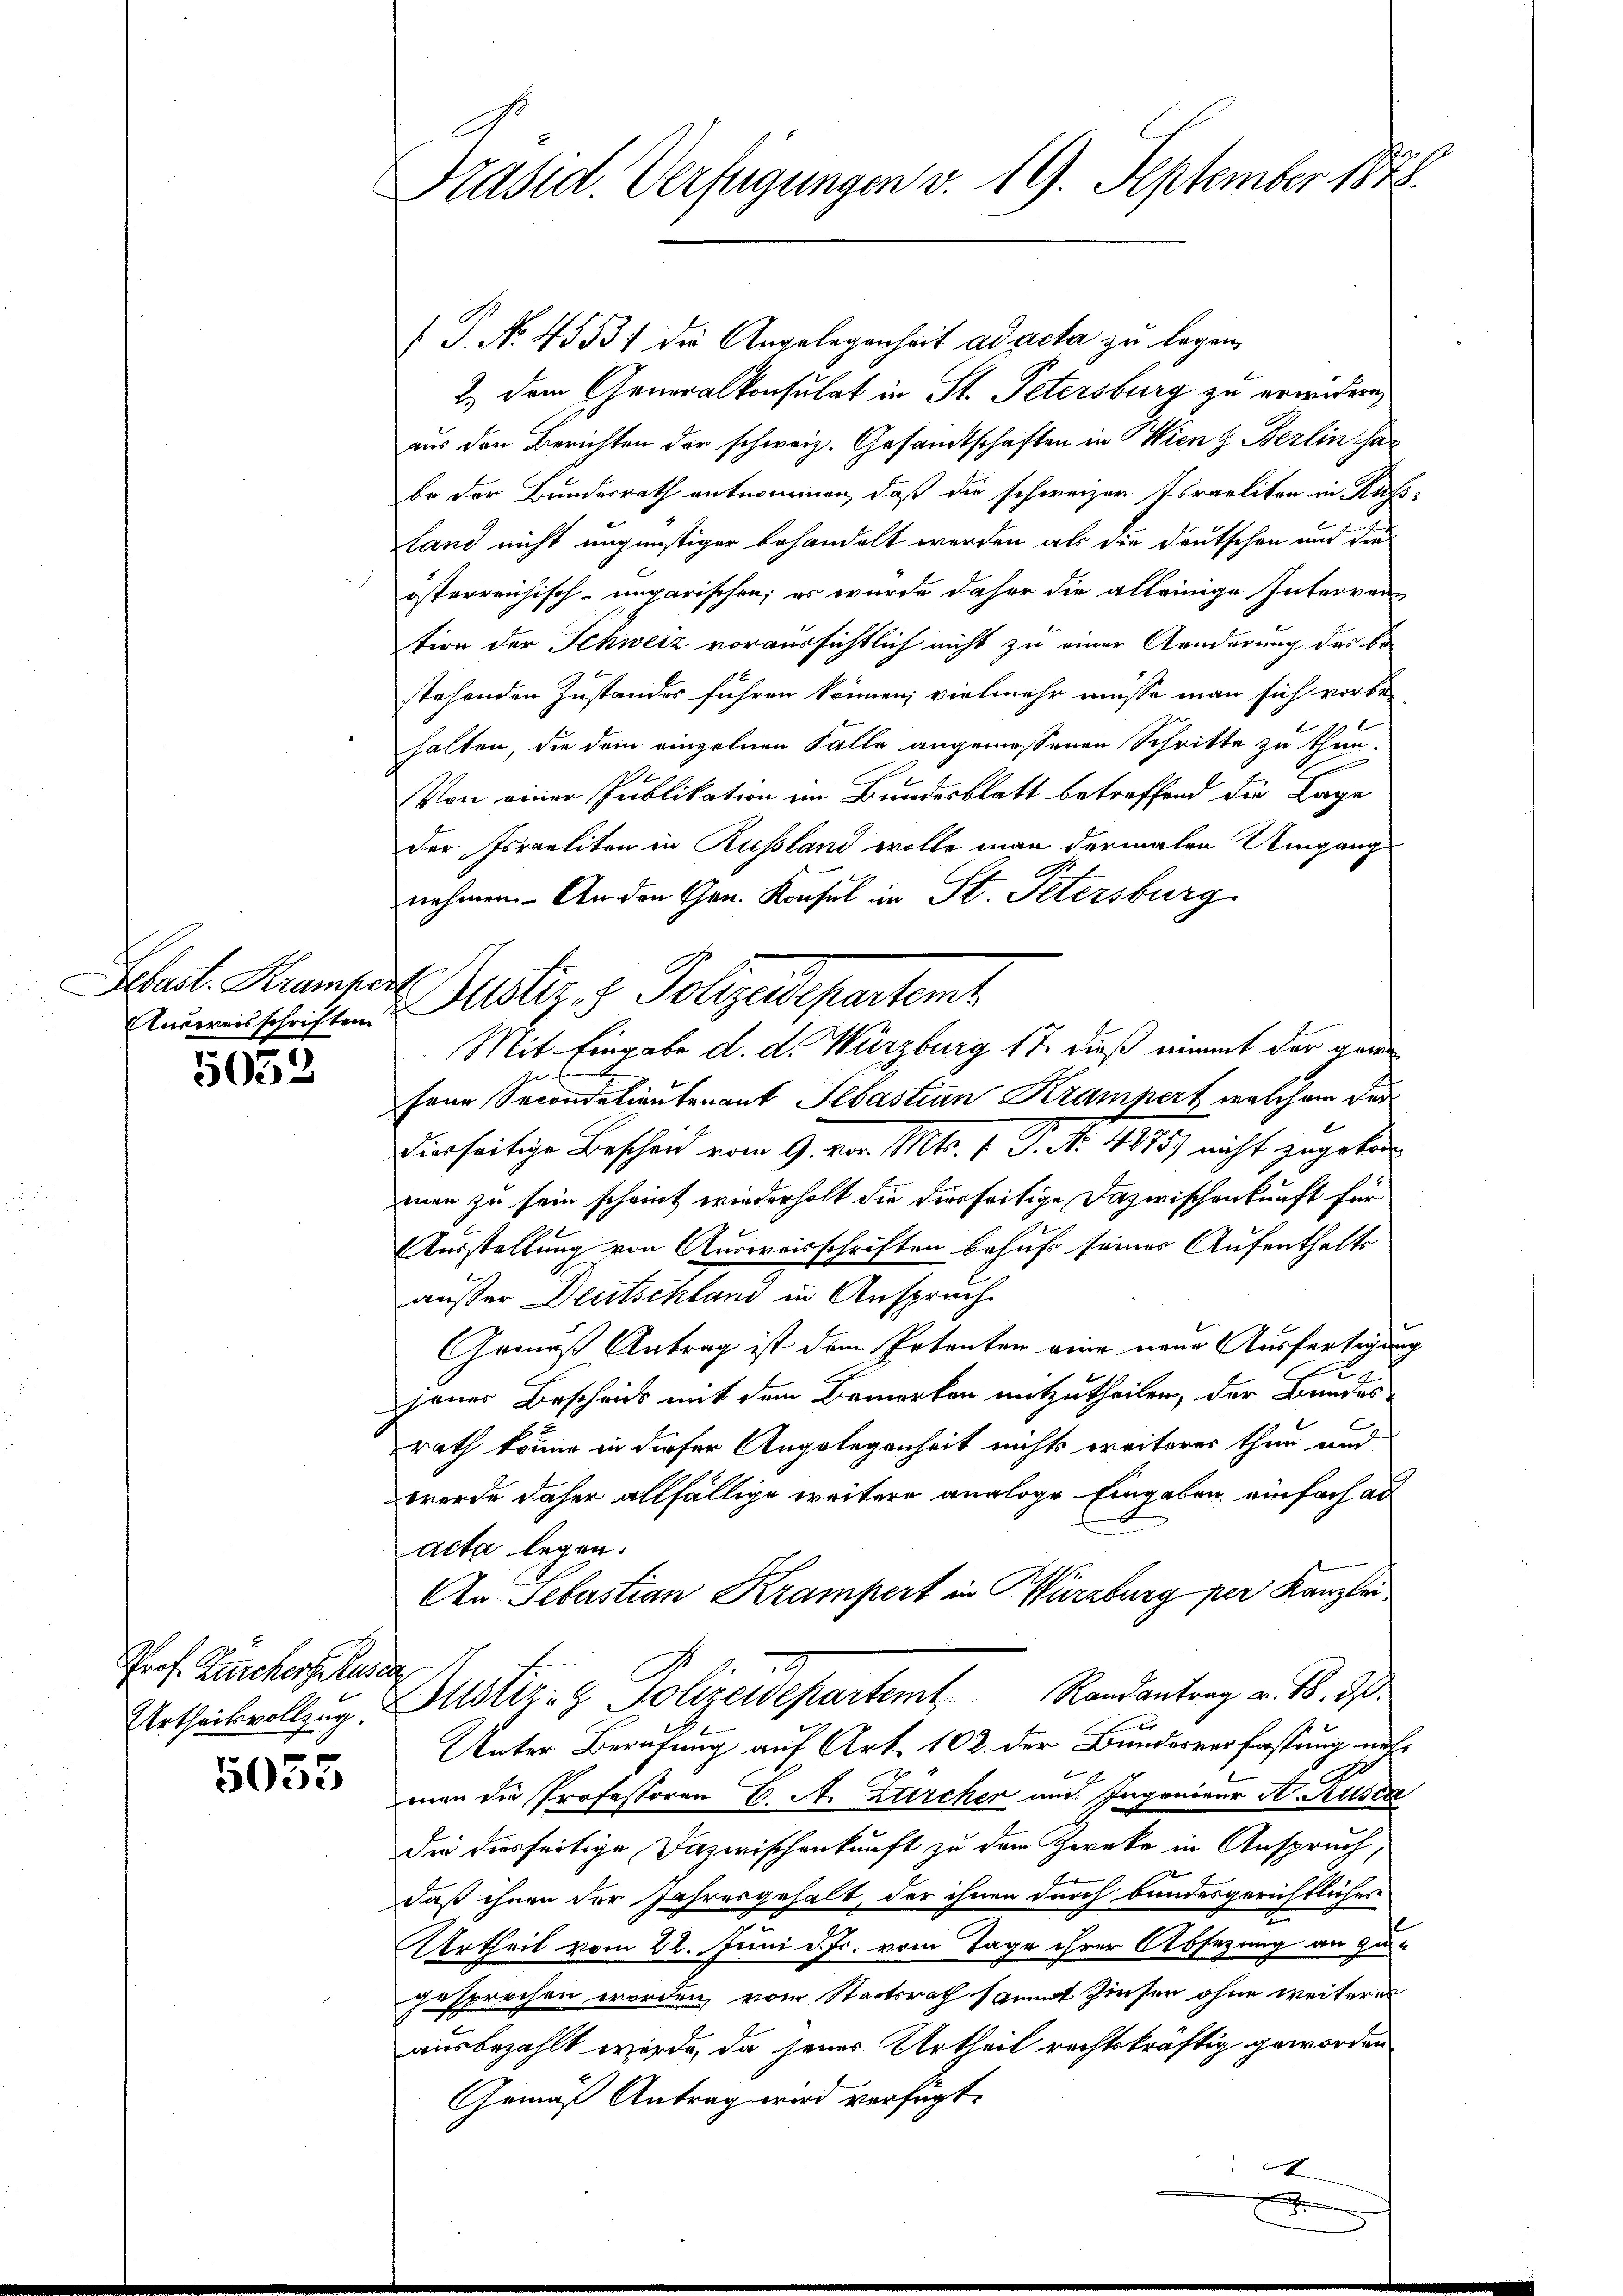
Ausweisschriften

5032

Prof. Zuckers Ruder
Urtheilsvollzug.

5053

Präsid. Verfügungen v. 19. September 1873.

P. No. 45537 die Angelegenheit ad acta zu legen.
2.) Dem Generalkonsulat in St. Petersburg zu erwidern,
aus den Berichten der schweiz. Gesandtschaften in Wien z. Berlin ha
be der Bundesrath entnommen, daß die schweizer Israeliten in Rufsland nicht ungünstiger behandelt werden als die Deutschen und dieösterreichisch-ungarischen, er wurde daher die alleinige Interrein
tion der Schweiz voraussichtlich nicht zu einer Aenderung des be-
stehenden Zustandes führen können; vielmehr müsse man sich vorbe-
halten, die dem einzelnen Falle angemessenen Schritte zu thun.
Von einer Publikation im Bundesblatt betreffend die Lage
Der Israeliten in Russland wolle man dermalen Umgang
nehmen. An den Gen. Konsul in St. Petersburg
Mit Eingabe d. d. Würzburg 17 dieß unmit der garn
fene Secondatientenant Sebastian Krampert welchem Ferdierseitige Beschend vom 9. vor. Mts. 1. P. No. 4875) nicht zugebenmen zu sein scheint wiederholt die diesseitige Dazwischenkunft für
Ausstellung von Ausweisschriften behuf seiner Aufenthalts
ausser Deutschland in Anspruch
Gemäß Antrag ist dem Petenten eine neue Ausfertigung
jener Beschrieb mit dem Bemerken mitzutheilen, der Bundes
rath könne in dieser Angelegenheit nichts weiterer thun und
werde daher allfällige weitere analoge Eingaben einfach au
acta legen.
An Sebastian Krampert in Würzburg per Kanzlei
Dustiz- & Polizeidepartem Randantrag v. 18. ds.
Unter Berufung auf Art. 102. der Bundesverfassung nicht
s
man die Professoren C. A. Zürcher aus Ingenieur A. Kusta
Die diesseitige Dazwischenkunft zu dem Zwecke in Anspruch,
daß ihnen der Jahresgehalt, der ihnen durch bundesgerichtlicher
2
Urtheil vom 22. Juni d. Js. vom Tage ihrer Absezung an zugesprochen worden, vom Staatsrath sammt Zinsen ohne weiteres
ausbezahlt werde, da jenes Urtheil rechtskräftig geworden
Gemäß Antrag wird verfügt:
I

Schat. Kramper Justiz- & Polizeidepartemt